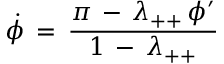
\dot { \phi } \, = \, \frac { \pi \, - \, \lambda _ { + + } \, \phi ^ { \prime } } { 1 \, - \, \lambda _ { + + } }